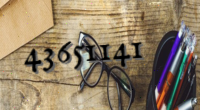
43651141